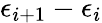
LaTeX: \epsilon_{i+1}-\epsilon_{i}